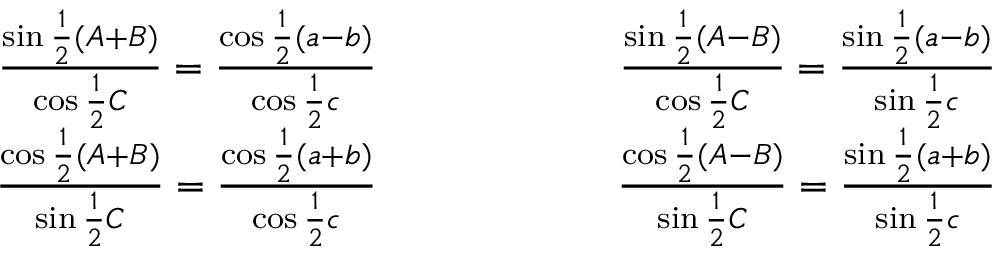
{ \begin{array} { r l r } { { \frac { \sin { \frac { 1 } { 2 } } ( A + B ) } { \cos { \frac { 1 } { 2 } } C } } = { \frac { \cos { \frac { 1 } { 2 } } ( a - b ) } { \cos { \frac { 1 } { 2 } } c } } } & { \qquad \qquad } & { { \frac { \sin { \frac { 1 } { 2 } } ( A - B ) } { \cos { \frac { 1 } { 2 } } C } } = { \frac { \sin { \frac { 1 } { 2 } } ( a - b ) } { \sin { \frac { 1 } { 2 } } c } } } \\ { { \frac { \cos { \frac { 1 } { 2 } } ( A + B ) } { \sin { \frac { 1 } { 2 } } C } } = { \frac { \cos { \frac { 1 } { 2 } } ( a + b ) } { \cos { \frac { 1 } { 2 } } c } } } & { \qquad } & { { \frac { \cos { \frac { 1 } { 2 } } ( A - B ) } { \sin { \frac { 1 } { 2 } } C } } = { \frac { \sin { \frac { 1 } { 2 } } ( a + b ) } { \sin { \frac { 1 } { 2 } } c } } } \end{array} }